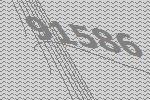
91586